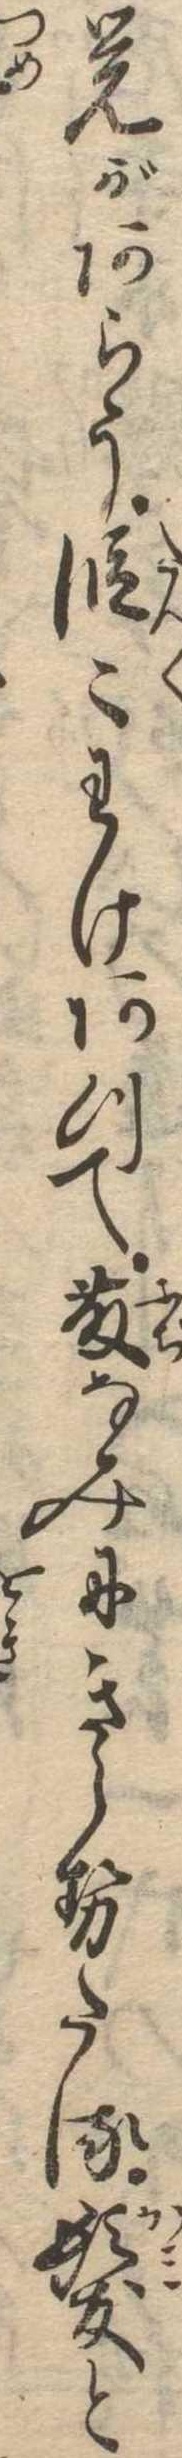
覚があろう段〻わけあつて藤なみにきらせたる髪と